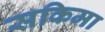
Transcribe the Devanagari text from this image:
सकिमा